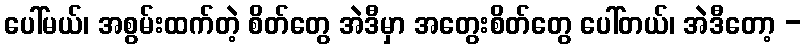
ပေါ်မယ်၊ အစွမ်းထက်တဲ့ စိတ်တွေ အဲဒီမှာ အတွေးစိတ်တွေ ပေါ်တယ်၊ အဲဒီတော့ -